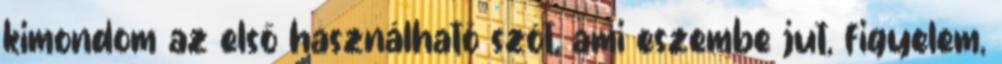
kimondom az első használható szót, ami eszembe jut, figyelem,